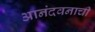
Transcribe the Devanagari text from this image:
आनंदवनाची